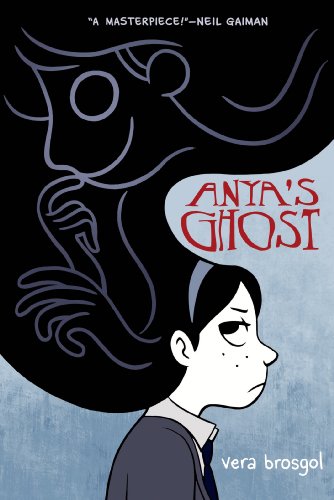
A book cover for Anya's Ghost; Vera Brosgol; Teen & Young Adult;